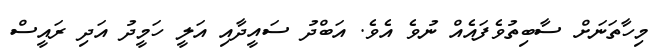
މިހާތަނަށް ސާބިތުވެފައެއް ނުވެ އެވެ. އަބްދު ސައީދާއި އަލީ ހަމީދު އަދި ރައީސް